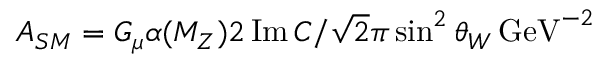
A _ { S M } = G _ { \mu } \alpha ( M _ { Z } ) 2 \, \mathrm { I m } \, C / \sqrt { 2 } \pi \sin ^ { 2 } \theta _ { W } \, \mathrm { G e V } ^ { - 2 }